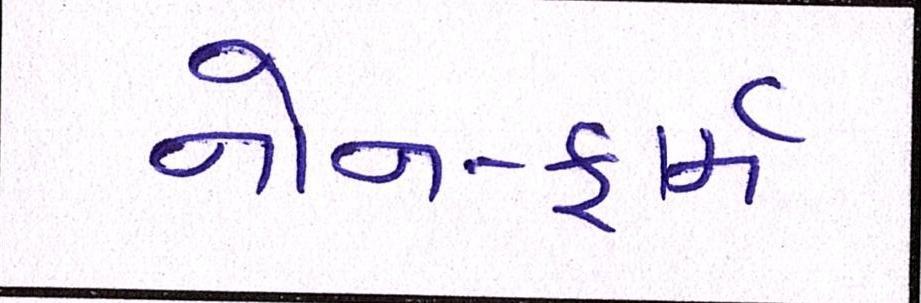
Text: નોન-ફાર્મ